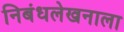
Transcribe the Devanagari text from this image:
निबंधलेखनाला